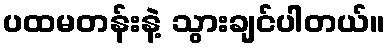
ပထမတန်းနဲ့ သွားချင်ပါတယ်။